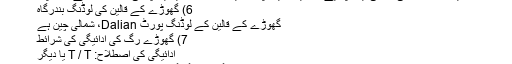
ہر ایک گھوڑے کی گندگی ایک پالئیےسٹر بیگ میں، پھر معیاری کارٹون میں یا آپ کی درخواست کے طور پر.
6) گھوڑے کے قالین کی لوڈنگ بندرگاہ
گھوڑے کے قالین کے لوڈنگ پورٹ Dalian، شمالی چین ہے
7) گھوڑے رگ کی ادائیگی کی شرائط
ادائیگی کی اصطلاح: T / T یا دیگر
8) گھوڑے گندگی کی پیداوار کی صلاحیت کیا ہے؟